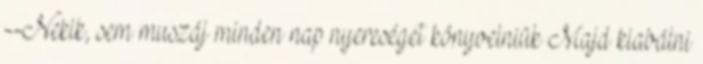
--Nekik, sem muszáj minden nap nyereséget könyvelniük Majd kiabálni